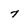
Character: 7